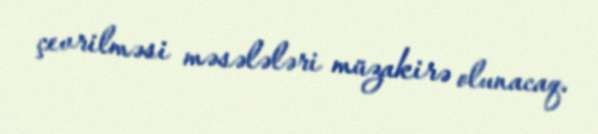
çevrilməsi məsələləri müzakirə olunacaq.